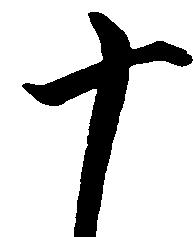
十